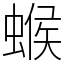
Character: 䗔